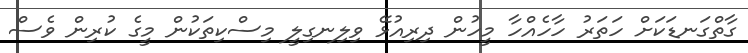
ގާތްގަނޑަކަށް ހަތަރު ހާހެއްހާ މީހުން ދިރިއުޅޭ ވިލިނގިލީ މިސްކިތަކުން މީގެ ކުރިން ވެސް